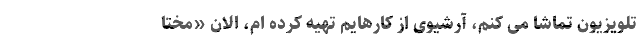
تلویزیون تماشا می کنم، آرشیوی از کارهایم تهیه کرده ام، الان «مختا